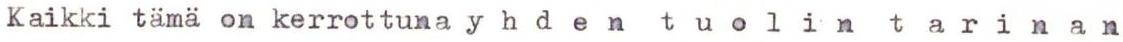
Kaikki tämä on kerrottuna y h d e n  t u o l i n  t a r i n a n